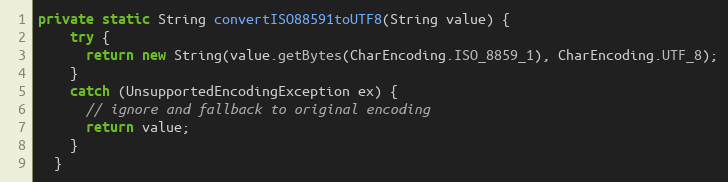
Language: Java
private static String convertISO88591toUTF8(String value) {
    try {
      return new String(value.getBytes(CharEncoding.ISO_8859_1), CharEncoding.UTF_8);
    }
    catch (UnsupportedEncodingException ex) {
      // ignore and fallback to original encoding
      return value;
    }
  }